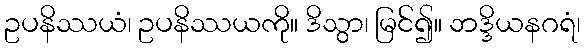
ဥပနိဿယံ၊ ဥပနိဿယကို။ ဒိသွာ၊ မြင်၍။ ဘဒ္ဒိယနဂရံ၊